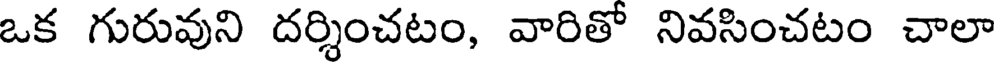
ఒక గురువుని దర్శించటం, వారితో నివసించటం చాలా